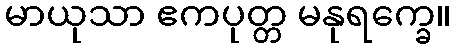
မာယုသာ ဧကပုတ္တ မနုရက္ခေ။